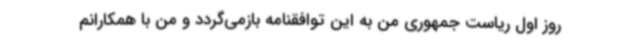
روز اول ریاست جمهوری من به این توافقنامه بازمی‌گردد و من با همکارانم